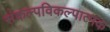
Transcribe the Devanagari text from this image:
संकल्पविकल्पात्मक